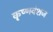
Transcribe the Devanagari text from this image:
कृष्‍णवंशज